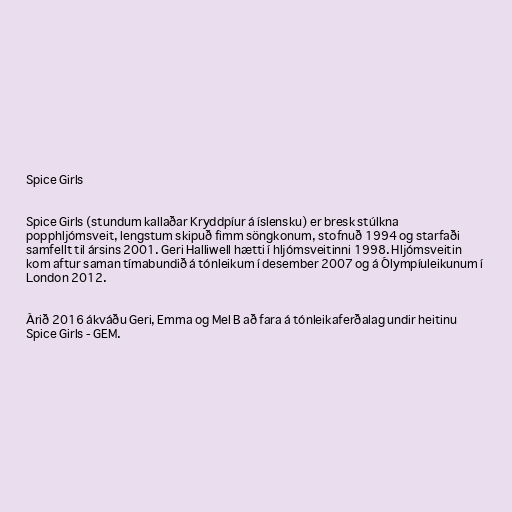
Spice Girls

Spice Girls (stundum kallaðar Kryddpíur á íslensku) er bresk stúlkna
popphljómsveit, lengstum skipuð fimm söngkonum, stofnuð 1994 og starfaði
samfellt til ársins 2001. Geri Halliwell hætti í hljómsveitinni 1998. Hljómsveitin
kom aftur saman tímabundið á tónleikum í desember 2007 og á Ólympíuleikunum í
London 2012.

Árið 2016 ákváðu Geri, Emma og Mel B að fara á tónleikaferðalag undir heitinu
Spice Girls - GEM.